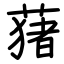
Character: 蕏